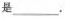
是___.